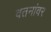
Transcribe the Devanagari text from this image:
वतनांवर